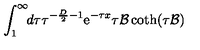
\int _ { 1 } ^ { \infty } \! \! d \tau \tau ^ { - { \frac { D } { 2 } } - 1 } { \mathrm e } ^ { - \tau x } \tau { { \cal B } } \coth ( \tau { { \cal B } } )